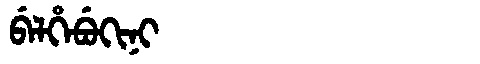
Manchu: ᠪᡝᠯᡥᡝᠪᡠᡴᡳᠨᡳ
Romanization: BELHEBUKINI